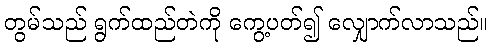
တွမ်သည် ရွက်ထည်တဲကို ကွေ့ပတ်၍ လျှောက်လာသည်။